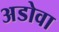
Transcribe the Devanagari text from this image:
अडोवा